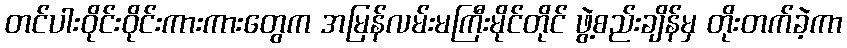
တင်ပါးဝိုင်းဝိုင်းကားကားတွေက အမြန်လမ်းမကြီးမိုင်တိုင် ဖွဲ့စည်းချိန်မှ တိုးတက်ခဲ့ကာ